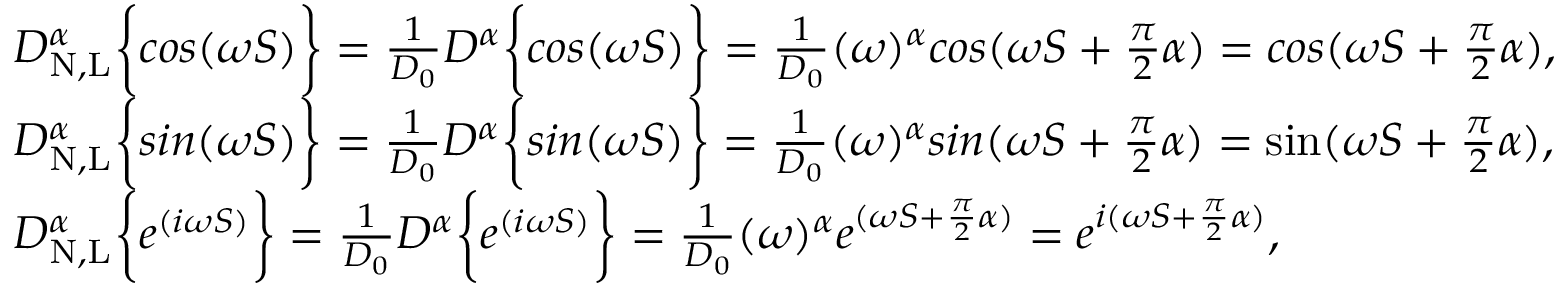
\begin{array} { r l } & { D _ { \mathrm { N , L } } ^ { \alpha } \bigg \{ { c o s ( \omega S ) \bigg \} } = \frac { 1 } { D _ { 0 } } D ^ { \alpha } \bigg \{ { c o s ( \omega S ) \bigg \} } = \frac { 1 } { D _ { 0 } } ( \omega ) ^ { \alpha } c o s ( \omega S + \frac { \pi } { 2 } \alpha ) = c o s ( \omega S + \frac { \pi } { 2 } \alpha ) , } \\ & { D _ { \mathrm { N , L } } ^ { \alpha } \bigg \{ { s i n ( \omega S ) \bigg \} } = \frac { 1 } { D _ { 0 } } D ^ { \alpha } \bigg \{ { s i n ( \omega S ) \bigg \} } = \frac { 1 } { D _ { 0 } } ( \omega ) ^ { \alpha } s i n ( \omega S + \frac { \pi } { 2 } \alpha ) = \sin ( \omega S + \frac { \pi } { 2 } \alpha ) , } \\ & { D _ { \mathrm { N , L } } ^ { \alpha } \bigg \{ { e ^ { ( i \omega S ) } \bigg \} } = \frac { 1 } { D _ { 0 } } D ^ { \alpha } \bigg \{ { e ^ { ( i \omega S ) } \bigg \} } = \frac { 1 } { D _ { 0 } } ( \omega ) ^ { \alpha } e ^ { ( \omega S + \frac { \pi } { 2 } \alpha ) } = e ^ { i ( \omega S + \frac { \pi } { 2 } \alpha ) } , } \end{array}